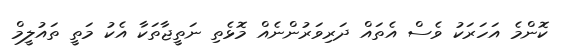
ކޮންމެ އަހަރަކު ވެސް އެތައް ދަރިވަރުންނެއް މޮޅެތި ނަތީޖާތަކާ އެކު މަތީ ތައުލީމް